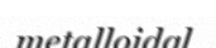
metalloidal